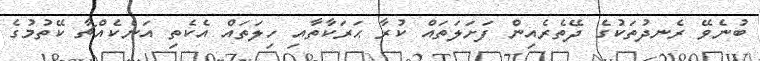
ބުނެވޭ ރެނދުތަކުގެ ދޭތެރެއިން ފަށަލަތައް ކުރާ ޙަރަކާތާއި ހިލަތައް އެކެތި އަނެކެއްޗާ ކޭތުމުގެ